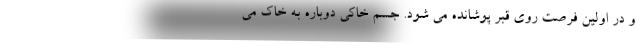
و در اولین فرصت روی قبر پوشانده می شود. جسم خاکی دوباره به خاک می